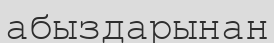
абыздарынан